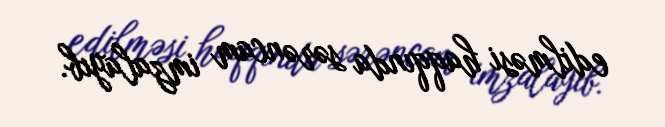
edilməsi haqqında sərəncam imzalayıb.